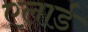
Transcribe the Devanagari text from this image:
एलार्ड